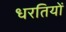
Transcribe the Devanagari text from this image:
धरतियों